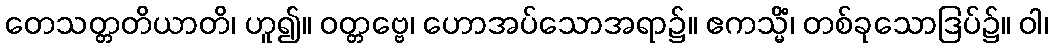
တေသတ္တတိယာတိ၊ ဟူ၍။ ဝတ္တဗ္ဗေ၊ ဟောအပ်သောအရာ၌။ ဧကသ္မိံ၊ တစ်ခုသောဒြပ်၌။ ဝါ၊